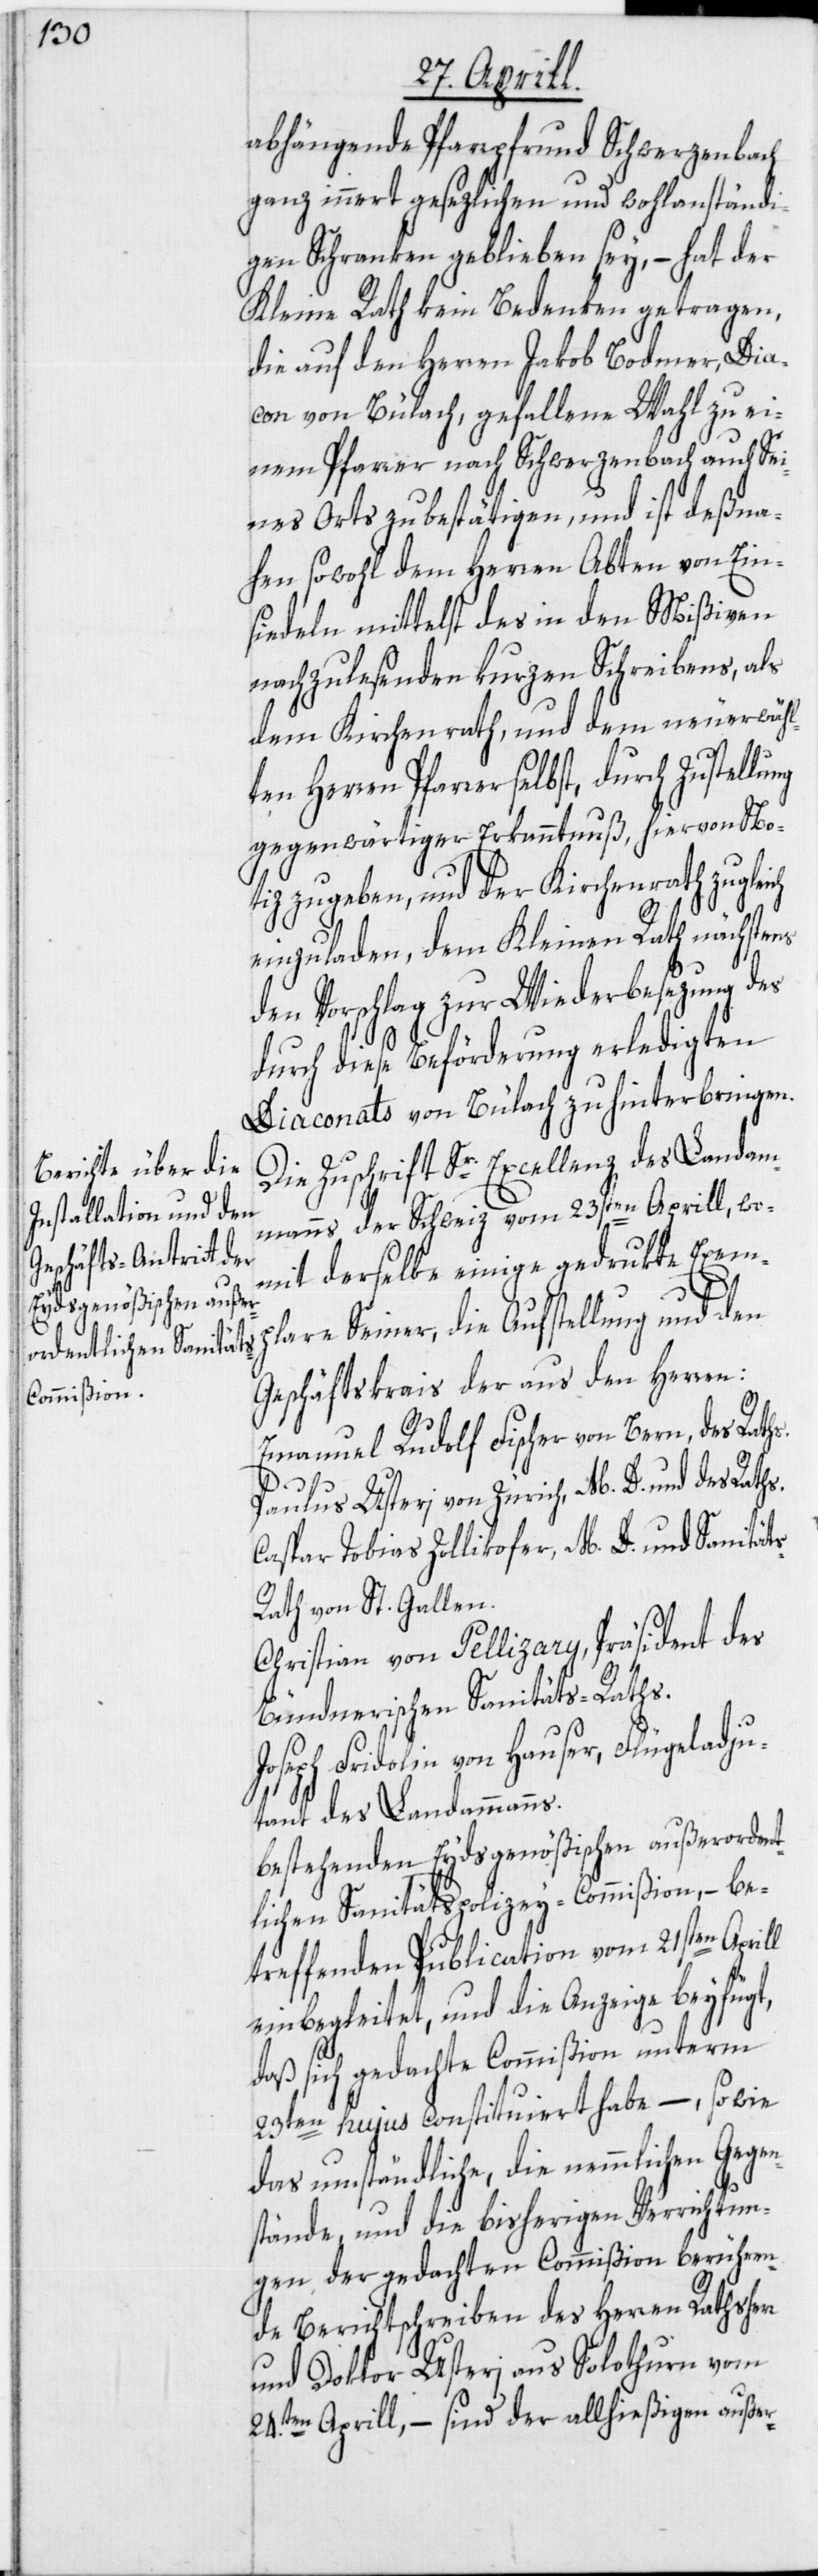
abhängende Pfarrpfrund Schwerzenbach
ganz innert gesezlichen und wohlanständi¬
gen Schranken geblieben sey, – hat der
Kleine Rath kein Bedenken getragen,
die auf den Herren Jakob Bodmer, Dia¬
con von Bülach, gefallene Wahl zu ei¬
nem Pfarrer nach Schwerzenbach auch Sei¬
nes Orts zu bestätigen, und ist deßna¬
hen sowohl dem Herren Abten von Ein¬
siedeln mittelst des in den Mißiven
nachzulesenden kurzen Schreibens, als
dem Kirchenrath, und dem neuerwähl¬
ten Herren Pfarrer selbst,
gegenwärtiger Erkanntnuß, hiervon No¬
tiz zu geben, und der Kirchenrath zugleich
einzuladen, dem Kleinen Rath nächstens
den Vorschlag zur Wiederbesezung des
durch diese Beförderung erledigten
Diaconats von Bülach zu hinterbringen.
Die Zuschrift Sr. Excellenz des Landam¬
manns der Schweiz vom 23sten Aprill, wo¬
mit derselbe einige gedrukte Exem¬
s-R¬
plare Seiner, die Aufstellung und den
Geschäftskrais der aus den Herren:
Emanuel Rudolf Fischer von Bern, des Rath¬
Paulus Usteri von Zürich, M. D. und des Raths.
Caspar Tobias Zollikofer, M. D. und Sanität¬
ath von St. Gallen.
Christian von Pellizary, Präsident des
Bündnerischen Sanitäts-Raths.
Joseph Fridolin von Hauser, Flügeladju¬
tant des Landammanns.
bestehenden Eydsgenößischen außerorden¬
tlichen Sanitätspolizey-Commißion, – be¬
treffenden Publication vom 21sten Aprill
einbegleitet, und die Anzeige beyfügt,
daß sich gedachte Commißion unterm
23ten hujus constituiert habe, – so wie
das umständliche, die nemmlichen Gegen¬
stände, und die bisherigen Verrichtun¬
gen der gedachten Commißion berühren¬
de Berichtschreiben des Herren Rathsherr
und Doktor Usteri aus Solothurn vom
24.ten Aprill, – sind der allhießigen außer-